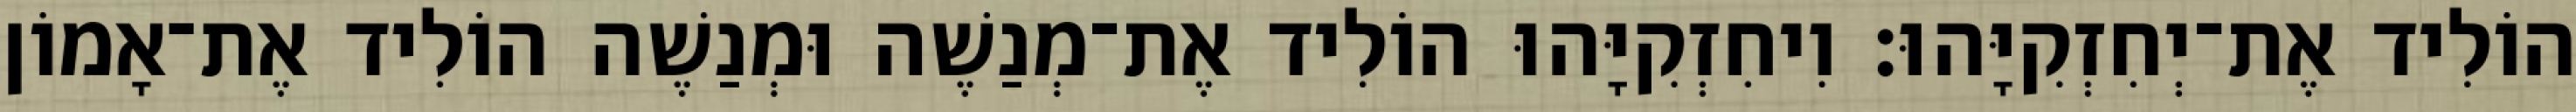
הוֹלִיד אֶת־יְחִזְקִיָּהוּ׃ וִיחִזְקִיָּהוּ הוֹלִיד אֶת־מְנַשֶׁה וּמְנַשֶׁה הוֹלִיד אֶת־אָמוֹן